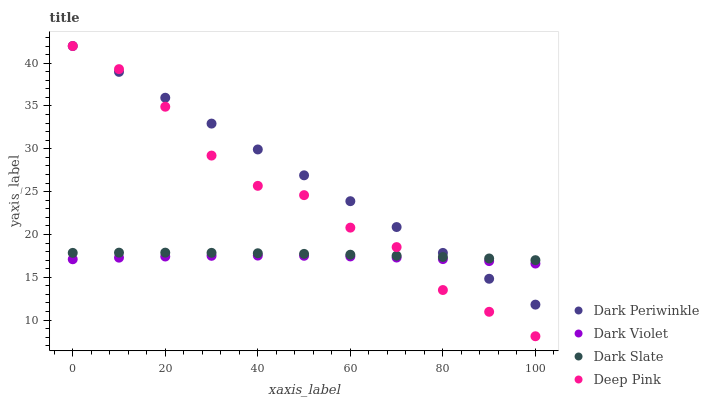
| xaxis_label | Dark Periwinkle | Dark Violet | Dark Slate | Deep Pink |
 | --- | --- | --- | --- | --- |
 | 0 | 42 | 17.1 | 17.8 | 42 |
 | 10 | 39 | 17.3 | 17.9 | 39.3 |
 | 20 | 36 | 17.4 | 17.9 | 34.9 |
 | 30 | 32.9 | 17.5 | 17.9 | 29.2 |
 | 40 | 29.9 | 17.5 | 17.8 | 25.7 |
 | 50 | 26.9 | 17.5 | 17.7 | 24.6 |
 | 60 | 23.9 | 17.4 | 17.6 | 20.8 |
 | 70 | 20.9 | 17.3 | 17.5 | 18.5 |
 | 80 | 17.8 | 17.1 | 17.4 | 13.5 |
 | 90 | 14.8 | 16.9 | 17.2 | 11 |
 | 100 | 11.8 | 16.6 | 17 | 8.12 |